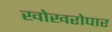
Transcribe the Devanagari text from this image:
खोखरोपार